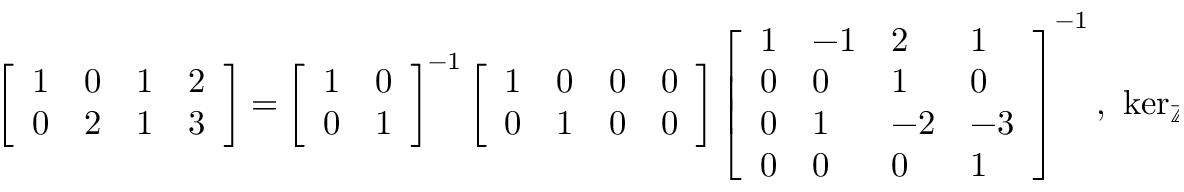
\begin{array} { r } { \left[ \begin{array} { l l l l } { 1 } & { 0 } & { 1 } & { 2 } \\ { 0 } & { 2 } & { 1 } & { 3 } \end{array} \right] = \left[ \begin{array} { l l } { 1 } & { 0 } \\ { 0 } & { 1 } \end{array} \right] ^ { - 1 } \left[ \begin{array} { l l l l } { 1 } & { 0 } & { 0 } & { 0 } \\ { 0 } & { 1 } & { 0 } & { 0 } \end{array} \right] \left[ \begin{array} { l l l l } { 1 } & { - 1 } & { 2 } & { 1 } \\ { 0 } & { 0 } & { 1 } & { 0 } \\ { 0 } & { 1 } & { - 2 } & { - 3 } \\ { 0 } & { 0 } & { 0 } & { 1 } \end{array} \right] ^ { - 1 } , \ \ker _ { \mathbb { Z } } \left( \left[ \begin{array} { l l l l } { 1 } & { 0 } & { 1 } & { 2 } \\ { 0 } & { 2 } & { 1 } & { 3 } \end{array} \right] \right) = \mathbb { Z } \left[ \begin{array} { l } { 2 } \\ { 1 } \\ { - 2 } \\ { 0 } \end{array} \right] \oplus \mathbb { Z } \left[ \begin{array} { l } { 1 } \\ { 0 } \\ { - 3 } \\ { 1 } \end{array} \right] . } \end{array}